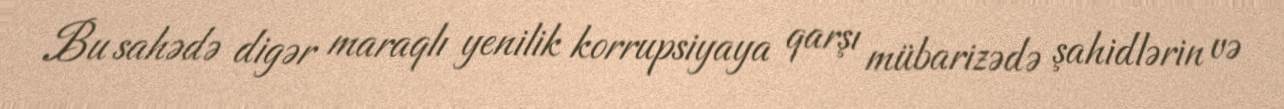
Bu sahədə digər maraqlı yenilik korrupsiyaya qarşı mübarizədə şahidlərin və